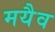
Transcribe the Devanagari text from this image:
मयैव